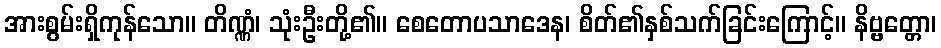
အားစွမ်းရှိကုန်သော။ တိဏ္ဏံ၊ သုံးဦးတို့၏။ စေတောပသာဒေန၊ စိတ်၏နှစ်သက်ခြင်းကြောင့်။ နိဗ္ဗတ္တော၊